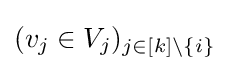
(v_{j}\in V_{j})_{j\in [k]\setminus \{i\}}